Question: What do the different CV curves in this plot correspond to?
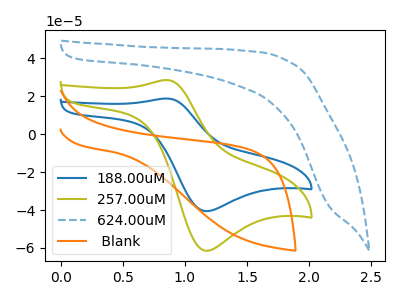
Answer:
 <answer>The blue curve is labeled "188.00uM". The olive curve is labeled "257.00uM". The blue dashed curve is labeled "624.00uM". The orange curve is labeled " Blank".</answer>
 <eval></eval>